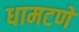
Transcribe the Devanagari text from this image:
धामटणे